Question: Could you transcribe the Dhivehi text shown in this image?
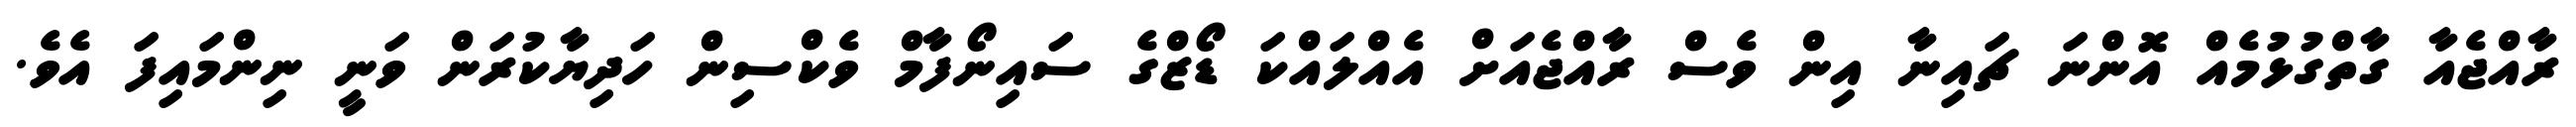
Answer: ރާއްޖެއާ ގާތްގުޅުމެއް އޮންނަ ޗައިނާ އިން ވެސް ރާއްޖެއަށް އެއްލައްކަ ޑޯޒްގެ ސައިނޯފާމް ވެކްސިން ހަދިޔާކުރަން ވަނީ ނިންމައިފަ އެވެ.